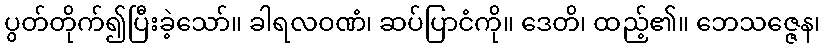
ပွတ်တိုက်၍ပြီးခဲ့သော်။ ခါရလဝဏံ၊ ဆပ်ပြာငံကို။ ဒေတိ၊ ထည့်၏။ ဘေသဇ္ဇေန၊